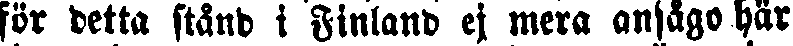
för detta stånd i Finland ej mera ansågo här